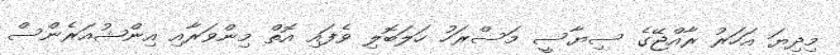
މިދިޔަ އަހަރު ރާއްޖޭގެ ސިޔާސީ މަސްރަހު ހަލަބޮލި ވެފައި އޮތް މިންވަރާއި އިންޝުއަރެންސް